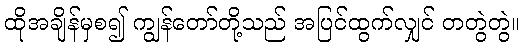
ထိုအချိန်မှစ၍ ကျွန်တော်တို့သည် အပြင်ထွက်လျှင် တတွဲတွဲ။